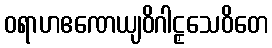
ဝရာဟဧဏေယျဝိဂါဠှသေဝိတေ